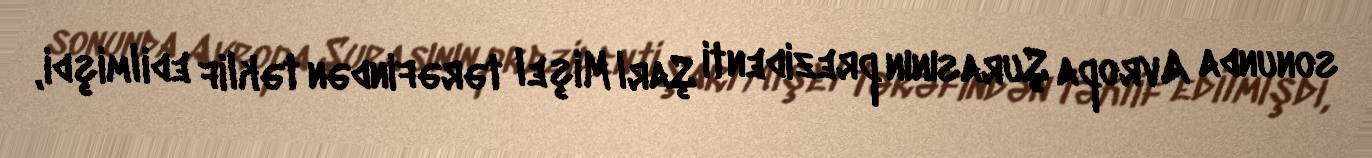
sonunda Avropa Şurasının prezidenti Şarl Mişel tərəfindən təklif edilmişdi,